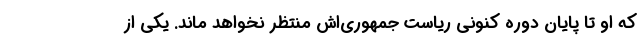
که او تا پایان دوره کنونی ریاست جمهوری‌اش منتظر نخواهد ماند. یکی از